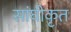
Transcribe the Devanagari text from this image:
सांघीकृत